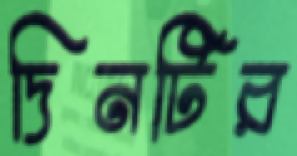
দিনটির